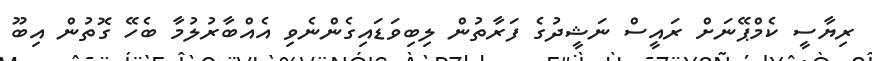
ރިޔާސީ ކެމްޕޭނަށް ރައީސް ނަޝީދުގެ ފަރާތުން ލިބިވަޑައިގެންނެވި އެއްބާރުލުމާ ބެހޭ ގޮތުން އިބޫ